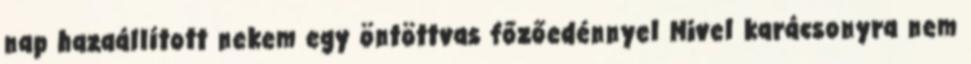
nap hazaállított nekem egy öntöttvas főzőedénnyel Mivel karácsonyra nem